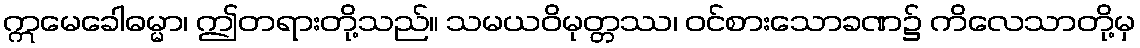
ဣမေခေါဓမ္မာ၊ ဤတရားတို့သည်။ သမယဝိမုတ္တဿ၊ ဝင်စားသောခဏ၌ ကိလေသာတို့မှ